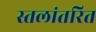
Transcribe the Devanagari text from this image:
स्तलांतरित